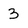
Character: 3